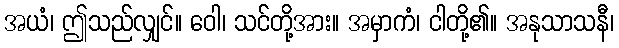
အယံ၊ ဤသည်လျှင်။ ဝေါ၊ သင်တို့အား။ အမှာကံ၊ ငါတို့၏။ အနုသာသနီ၊